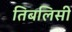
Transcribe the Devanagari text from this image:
तिबलिसी